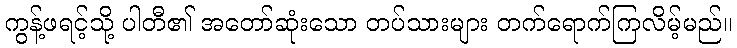
ကွန့်ဖရင့်သို့ ပါတီ၏ အတော်ဆုံးသော တပ်သားများ တက်ရောက်ကြလိမ့်မည်။